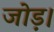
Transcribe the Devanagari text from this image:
जोड़।